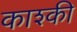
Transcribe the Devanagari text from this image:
काश्की